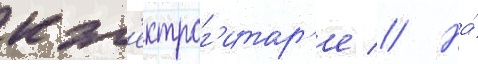
к эл'ектрог'итар'е // На́